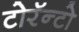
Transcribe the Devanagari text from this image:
टोरॅन्टो